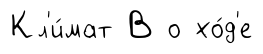
Кл'и́мат В о хо́д'е